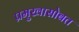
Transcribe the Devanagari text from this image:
प्रमुखासोबत